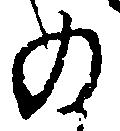
の